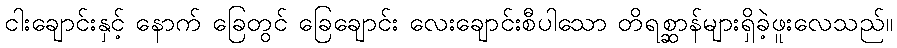
ငါးချောင်းနှင့် နောက် ခြေတွင် ခြေချောင်း လေးချောင်းစီပါသော တိရစ္ဆာန်များရှိခဲ့ဖူးလေသည်။